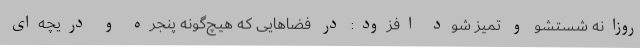
روزانه شستشو و تمیز شود افزود: در فضاهایی که هیچ‌گونه پنجره و دریچه‌ای